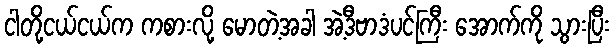
ငါတို့ငယ်ငယ်က ကစားလို့ မောတဲ့အခါ အဲ့ဒီဗာဒံပင်ကြီး အောက်ကို သွားပြီး